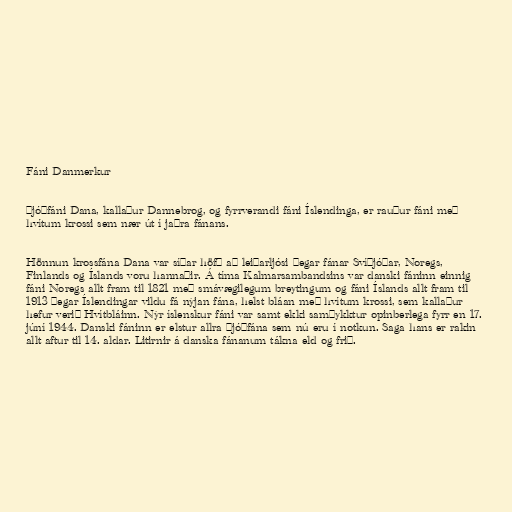
Fáni Danmerkur

Þjóðfáni Dana, kallaður Dannebrog, og fyrrverandi fáni Íslendinga, er rauður fáni með
hvítum krossi sem nær út í jaðra fánans.

Hönnun krossfána Dana var síðar höfð að leiðarljósi þegar fánar Svíþjóðar, Noregs,
Finlands og Íslands voru hannaðir. Á tíma Kalmarsambandsins var danski fáninn einnig
fáni Noregs allt fram til 1821 með smávægilegum breytingum og fáni Íslands allt fram til
1913 þegar Íslendingar vildu fá nýjan fána, helst bláan með hvítum krossi, sem kallaður
hefur verið Hvítbláinn. Nýr íslenskur fáni var samt ekki samþykktur opinberlega fyrr en 17.
júní 1944. Danski fáninn er elstur allra þjóðfána sem nú eru í notkun. Saga hans er rakin
allt aftur til 14. aldar. Litirnir á danska fánanum tákna eld og frið.